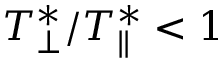
T _ { \perp } ^ { * } / T _ { \| } ^ { * } < 1